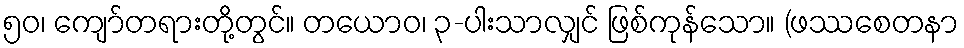
၅၀၊ ကျော်တရားတို့တွင်။ တယောဝ၊ ၃-ပါးသာလျှင် ဖြစ်ကုန်သော။ (ဖဿစေတနာ